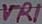
Text: VR1